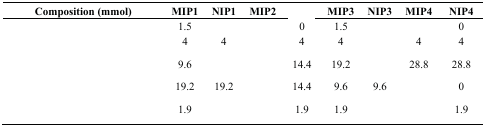
<table><thead><tr><td><b>Composition (mmol)</b></td><td><b>MIP1</b></td><td><b>NIP1</b></td><td><b>MIP2</b></td><td>[EMPTY_CELL]</td><td><b>MIP3</b></td><td><b>NIP3</b></td><td><b>MIP4</b></td><td><b>NIP4</b></td></tr></thead><tbody><tr><td>[EMPTY_CELL]</td><td>1.5</td><td>[EMPTY_CELL]</td><td>[EMPTY_CELL]</td><td>0</td><td>1.5</td><td>[EMPTY_CELL]</td><td>[EMPTY_CELL]</td><td>0</td></tr><tr><td>[EMPTY_CELL]</td><td>4</td><td>4</td><td>[EMPTY_CELL]</td><td>4</td><td>4</td><td>[EMPTY_CELL]</td><td>4</td><td>4</td></tr><tr><td>[EMPTY_CELL]</td><td>9.6</td><td>[EMPTY_CELL]</td><td>[EMPTY_CELL]</td><td>14.4</td><td>19.2</td><td>[EMPTY_CELL]</td><td>28.8</td><td>28.8</td></tr><tr><td>[EMPTY_CELL]</td><td>19.2</td><td>19.2</td><td>[EMPTY_CELL]</td><td>14.4</td><td>9.6</td><td>9.6</td><td>[EMPTY_CELL]</td><td>0</td></tr><tr><td>[EMPTY_CELL]</td><td>1.9</td><td>[EMPTY_CELL]</td><td>[EMPTY_CELL]</td><td>1.9</td><td>1.9</td><td>[EMPTY_CELL]</td><td>[EMPTY_CELL]</td><td>1.9</td></tr></tbody></table>